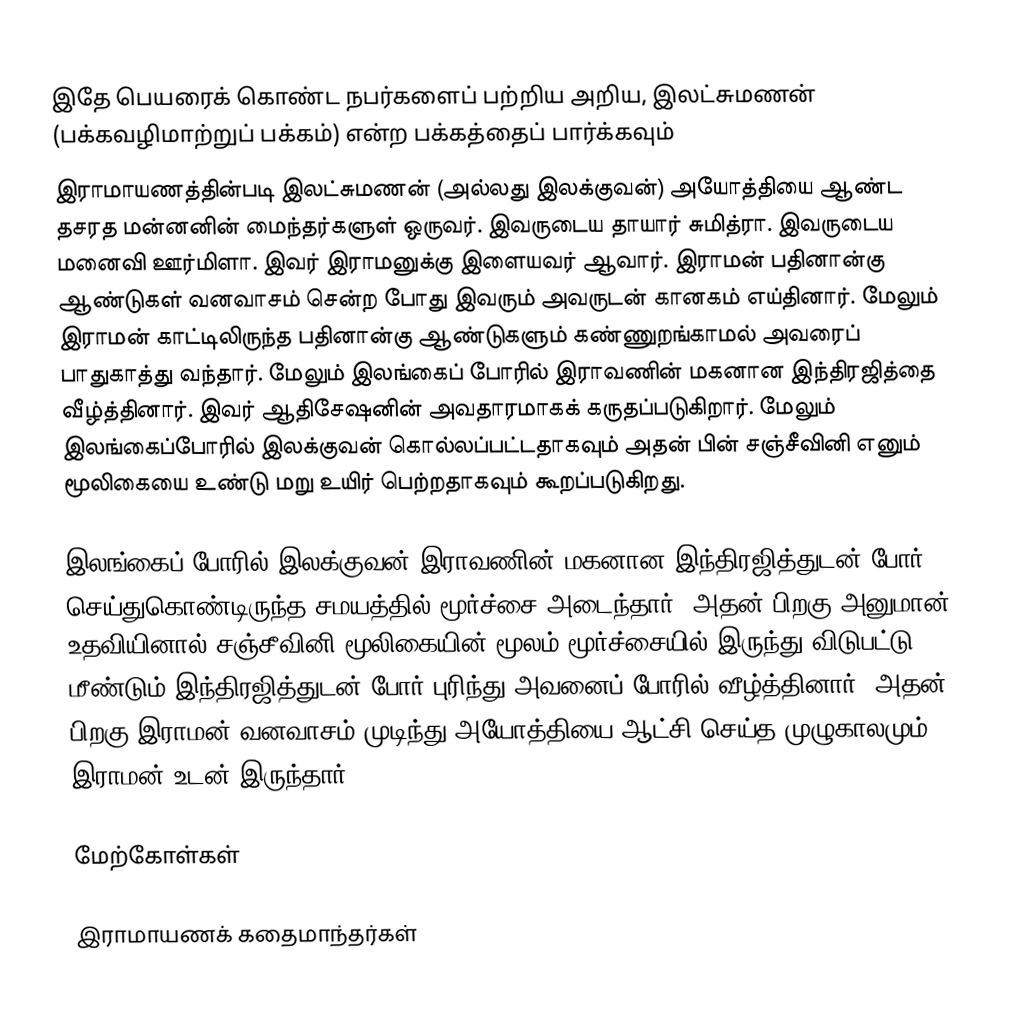
இதே பெயரைக் கொண்ட நபர்களைப் பற்றிய அறிய, இலட்சுமணன் (பக்கவழிமாற்றுப் பக்கம்) என்ற பக்கத்தைப் பார்க்கவும்
இராமாயணத்தின்படி இலட்சுமணன் (அல்லது இலக்குவன்) அயோத்தியை ஆண்ட தசரத மன்னனின் மைந்தர்களுள் ஒருவர். இவருடைய தாயார் சுமித்ரா. இவருடைய மனைவி ஊர்மிளா. இவர் இராமனுக்கு இளையவர் ஆவார். இராமன் பதினான்கு ஆண்டுகள் வனவாசம் சென்ற போது இவரும் அவருடன் கானகம் எய்தினார். மேலும் இராமன் காட்டிலிருந்த பதினான்கு ஆண்டுகளும் கண்ணுறங்காமல் அவரைப் பாதுகாத்து வந்தார். மேலும் இலங்கைப் போரில் இராவணின் மகனான இந்திரஜித்தை வீழ்த்தினார். இவர் ஆதிசேஷனின் அவதாரமாகக் கருதப்படுகிறார். மேலும் இலங்கைப்போரில் இலக்குவன் கொல்லப்பட்டதாகவும் அதன் பின் சஞ்சீவினி எனும் மூலிகையை உண்டு மறு உயிர் பெற்றதாகவும் கூறப்படுகிறது.

இலங்கைப் போரில் இலக்குவன் இராவணின் மகனான இந்திரஜித்துடன் போர் செய்துகொண்டிருந்த சமயத்தில் மூர்ச்சை அடைந்தார், அதன் பிறகு அனுமான் உதவியினால் சஞ்சீவினி மூலிகையின் மூலம் மூர்ச்சையில் இருந்து விடுபட்டு மீண்டும் இந்திரஜித்துடன் போர் புரிந்து அவனைப் போரில் வீழ்த்தினார். அதன் பிறகு இராமன் வனவாசம் முடிந்து அயோத்தியை ஆட்சி செய்த முழுகாலமும் இராமன் உடன் இருந்தார்.

மேற்கோள்கள்

இராமாயணக் கதைமாந்தர்கள்